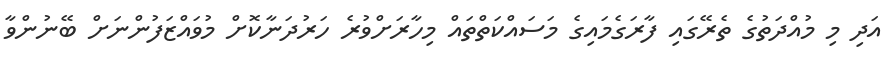
އަދި މި މުއްދަތުގެ ތެރޭގައި ފާރަގެމައިގެ މަސައްކަތްތައް މިހާރަށްވުރެ ހަރުދަނާކޮށް މުވައްޒަފުންނަށް ބޭނުންވާ